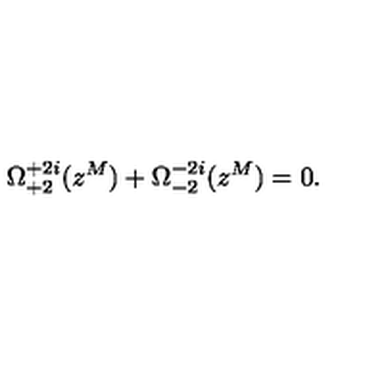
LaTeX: \Omega _ { + 2 } ^ { + 2 i } ( z ^ { M } ) + \Omega _ { - 2 } ^ { - 2 i } ( z ^ { M } ) = 0 .